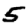
Digit: 5